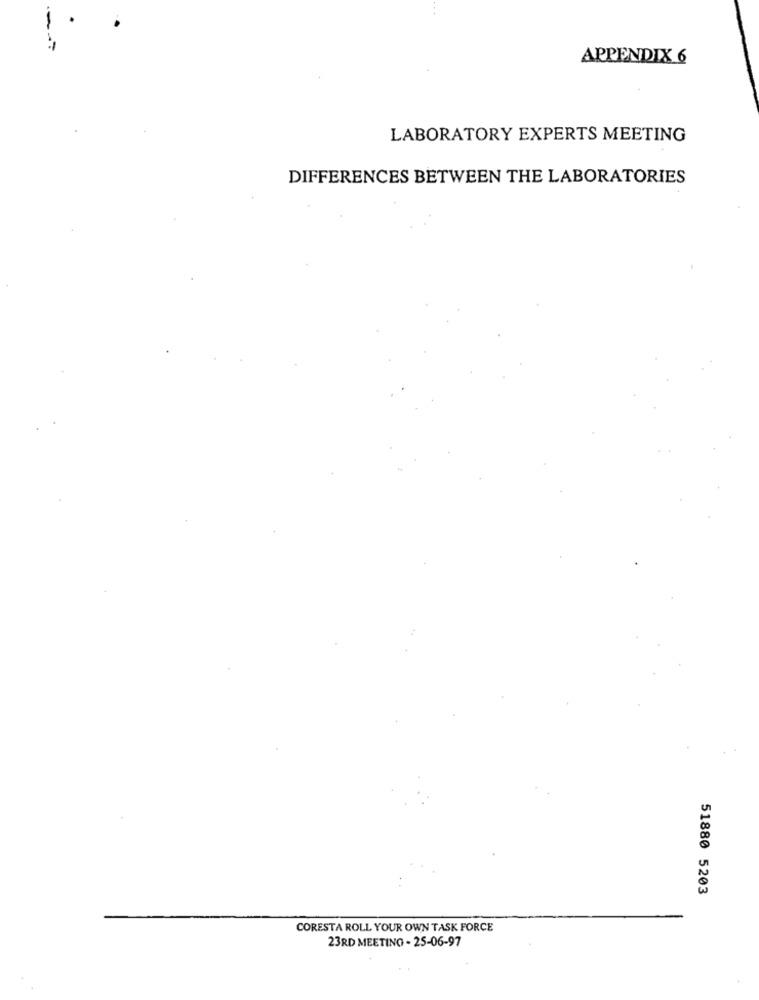
APPENDIX 6
LABORATORY EXPERTS MEETING
DIFFERENCES BETWEEN THE LABORATORIES
51880 5203
CORESTA ROLL YOUR OWN TASK FORCE
23RD MEETING - 25-06-97